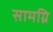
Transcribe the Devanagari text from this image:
सामग्रि